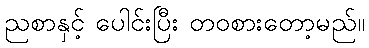
ညစာနှင့် ပေါင်းပြီး တဝစားတော့မည်။